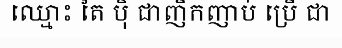
ឈ្មោះ តៃ ប៉ិ ជាញឹកញាប់ ប្រើ ជា